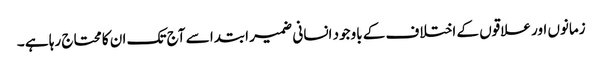
زمانوں اور علاقوں کے اختلاف کے باوجود انسانی ضمیر ابتدا سے آج تک ان کا محتاج رہا ہے ۔